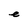
Character: e